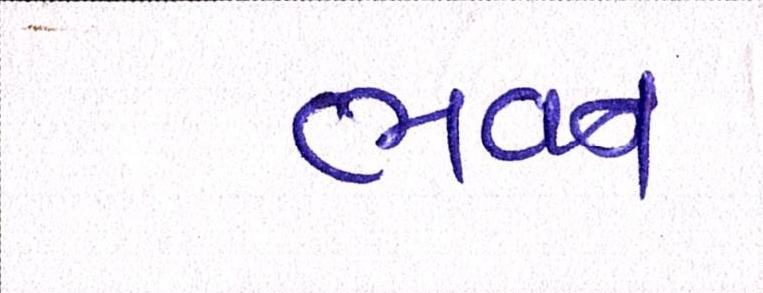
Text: ભવન